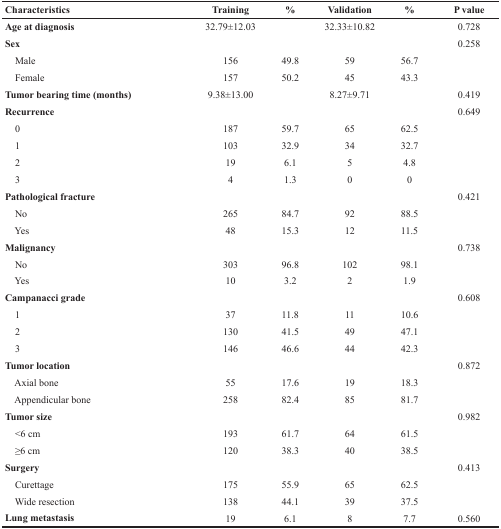
<table><thead><tr><td><b>Characteristics</b></td><td><b>Training</b></td><td><b>%</b></td><td><b>Validation</b></td><td><b>%</b></td><td><b>P value</b></td></tr></thead><tbody><tr><td><b>Age at diagnosis</b></td><td>32.79±12.03</td><td></td><td>32.33±10.82</td><td></td><td>0.728</td></tr><tr><td><b>Sex</b></td><td></td><td></td><td></td><td></td><td>0.258</td></tr><tr><td> Male</td><td>156</td><td>49.8</td><td>59</td><td>56.7</td><td></td></tr><tr><td> Female</td><td>157</td><td>50.2</td><td>45</td><td>43.3</td><td></td></tr><tr><td><b>Tumor bearing time (months)</b></td><td>9.38±13.00</td><td></td><td>8.27±9.71</td><td></td><td>0.419</td></tr><tr><td><b>Recurrence</b></td><td></td><td></td><td></td><td></td><td>0.649</td></tr><tr><td> 0</td><td>187</td><td>59.7</td><td>65</td><td>62.5</td><td></td></tr><tr><td> 1</td><td>103</td><td>32.9</td><td>34</td><td>32.7</td><td></td></tr><tr><td> 2</td><td>19</td><td>6.1</td><td>5</td><td>4.8</td><td></td></tr><tr><td> 3</td><td>4</td><td>1.3</td><td>0</td><td>0</td><td></td></tr><tr><td><b>Pathological fracture</b></td><td></td><td></td><td></td><td></td><td>0.421</td></tr><tr><td> No</td><td>265</td><td>84.7</td><td>92</td><td>88.5</td><td></td></tr><tr><td> Yes</td><td>48</td><td>15.3</td><td>12</td><td>11.5</td><td></td></tr><tr><td><b>Malignancy</b></td><td></td><td></td><td></td><td></td><td>0.738</td></tr><tr><td> No</td><td>303</td><td>96.8</td><td>102</td><td>98.1</td><td></td></tr><tr><td> Yes</td><td>10</td><td>3.2</td><td>2</td><td>1.9</td><td></td></tr><tr><td><b>Campanacci grade</b></td><td></td><td></td><td></td><td></td><td>0.608</td></tr><tr><td> 1</td><td>37</td><td>11.8</td><td>11</td><td>10.6</td><td></td></tr><tr><td> 2</td><td>130</td><td>41.5</td><td>49</td><td>47.1</td><td></td></tr><tr><td> 3</td><td>146</td><td>46.6</td><td>44</td><td>42.3</td><td></td></tr><tr><td><b>Tumor location</b></td><td></td><td></td><td></td><td></td><td>0.872</td></tr><tr><td> Axial bone</td><td>55</td><td>17.6</td><td>19</td><td>18.3</td><td></td></tr><tr><td> Appendicular bone</td><td>258</td><td>82.4</td><td>85</td><td>81.7</td><td></td></tr><tr><td><b>Tumor size</b></td><td></td><td></td><td></td><td></td><td>0.982</td></tr><tr><td> &lt;6 cm</td><td>193</td><td>61.7</td><td>64</td><td>61.5</td><td></td></tr><tr><td> ≥6 cm</td><td>120</td><td>38.3</td><td>40</td><td>38.5</td><td></td></tr><tr><td><b>Surgery</b></td><td></td><td></td><td></td><td></td><td>0.413</td></tr><tr><td> Curettage</td><td>175</td><td>55.9</td><td>65</td><td>62.5</td><td></td></tr><tr><td> Wide resection</td><td>138</td><td>44.1</td><td>39</td><td>37.5</td><td></td></tr><tr><td><b>Lung metastasis</b></td><td>19</td><td>6.1</td><td>8</td><td>7.7</td><td>0.560</td></tr></tbody></table>